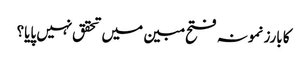
کا بارز نمونہ فتح مبین میں تحقق نہیں پایا؟